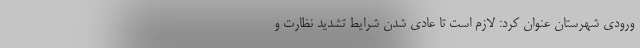
ورودی شهرستان عنوان کرد: لازم است تا عادی شدن شرایط تشدید نظارت و